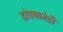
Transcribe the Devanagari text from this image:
डोक्यानेही